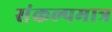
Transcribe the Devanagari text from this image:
संकल्पमात्र